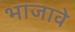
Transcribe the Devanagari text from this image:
भाजावे